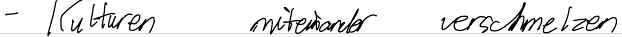
- Kulturen miteinander verschmelzen